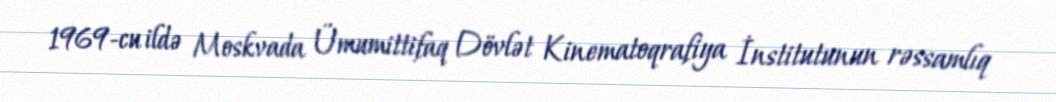
1969-cu ildə Moskvada Ümumittifaq Dövlət Kinematoqrafiya İnstitutunun rəssamlıq